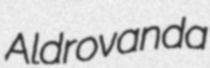
Aldrovanda